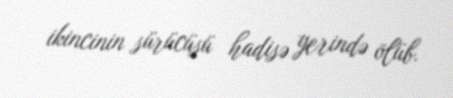
ikincinin sürücüsü hadisə yerində ölüb.